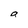
Character: a